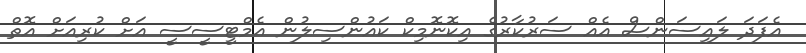
އެފަދަ ލައިސަންސް އެއް ސަރުކާރުގެ އިކޮނޮމިކް ކައުންސިލުން އެމްޓީސީސީ އަށް ކުރިއަށް އޮތް